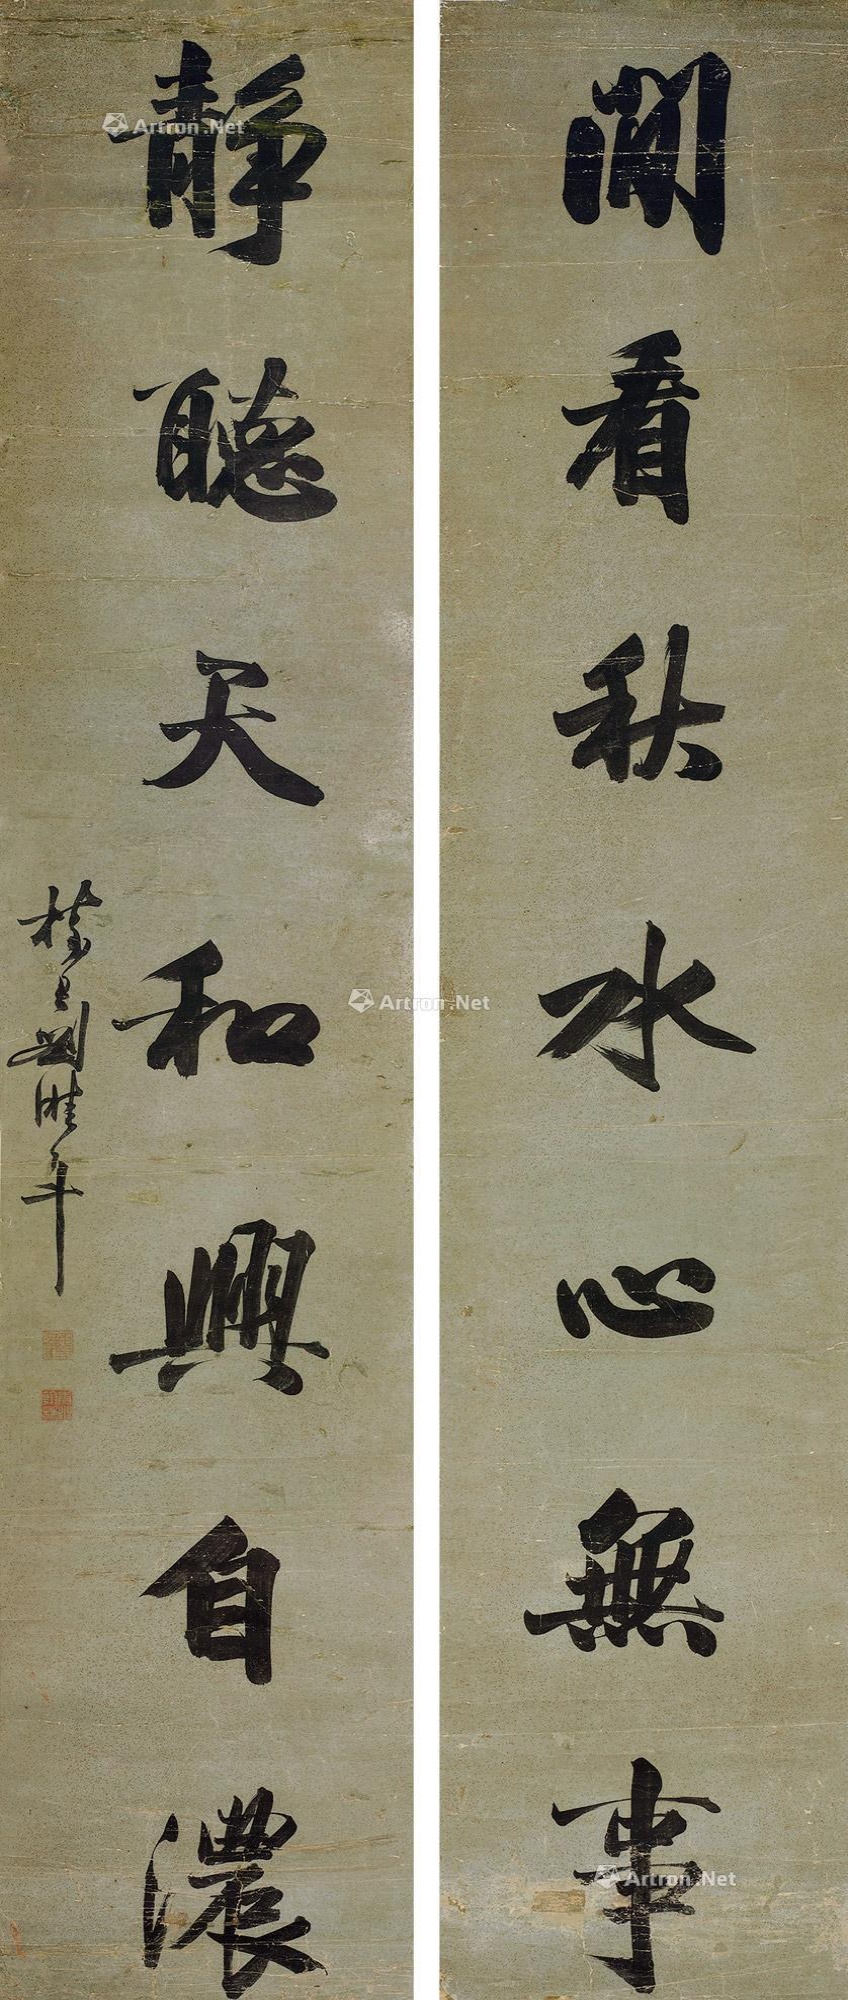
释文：闲看秋水心无事，静听天和兴自浓。树君刘溎年。